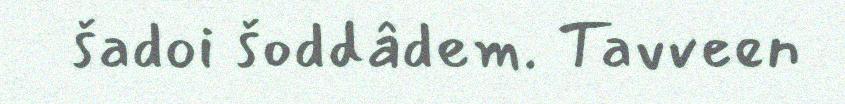
šadoi šoddâdem. Tavveen